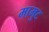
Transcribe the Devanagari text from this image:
मामुट